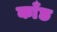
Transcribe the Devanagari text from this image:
काँछ